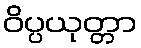
ဝိပ္ပယုတ္တာ